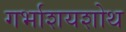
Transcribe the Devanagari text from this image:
गर्भाशयशोथ